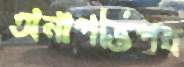
অনাপত্তিপত্র